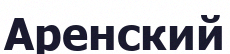
Аренский